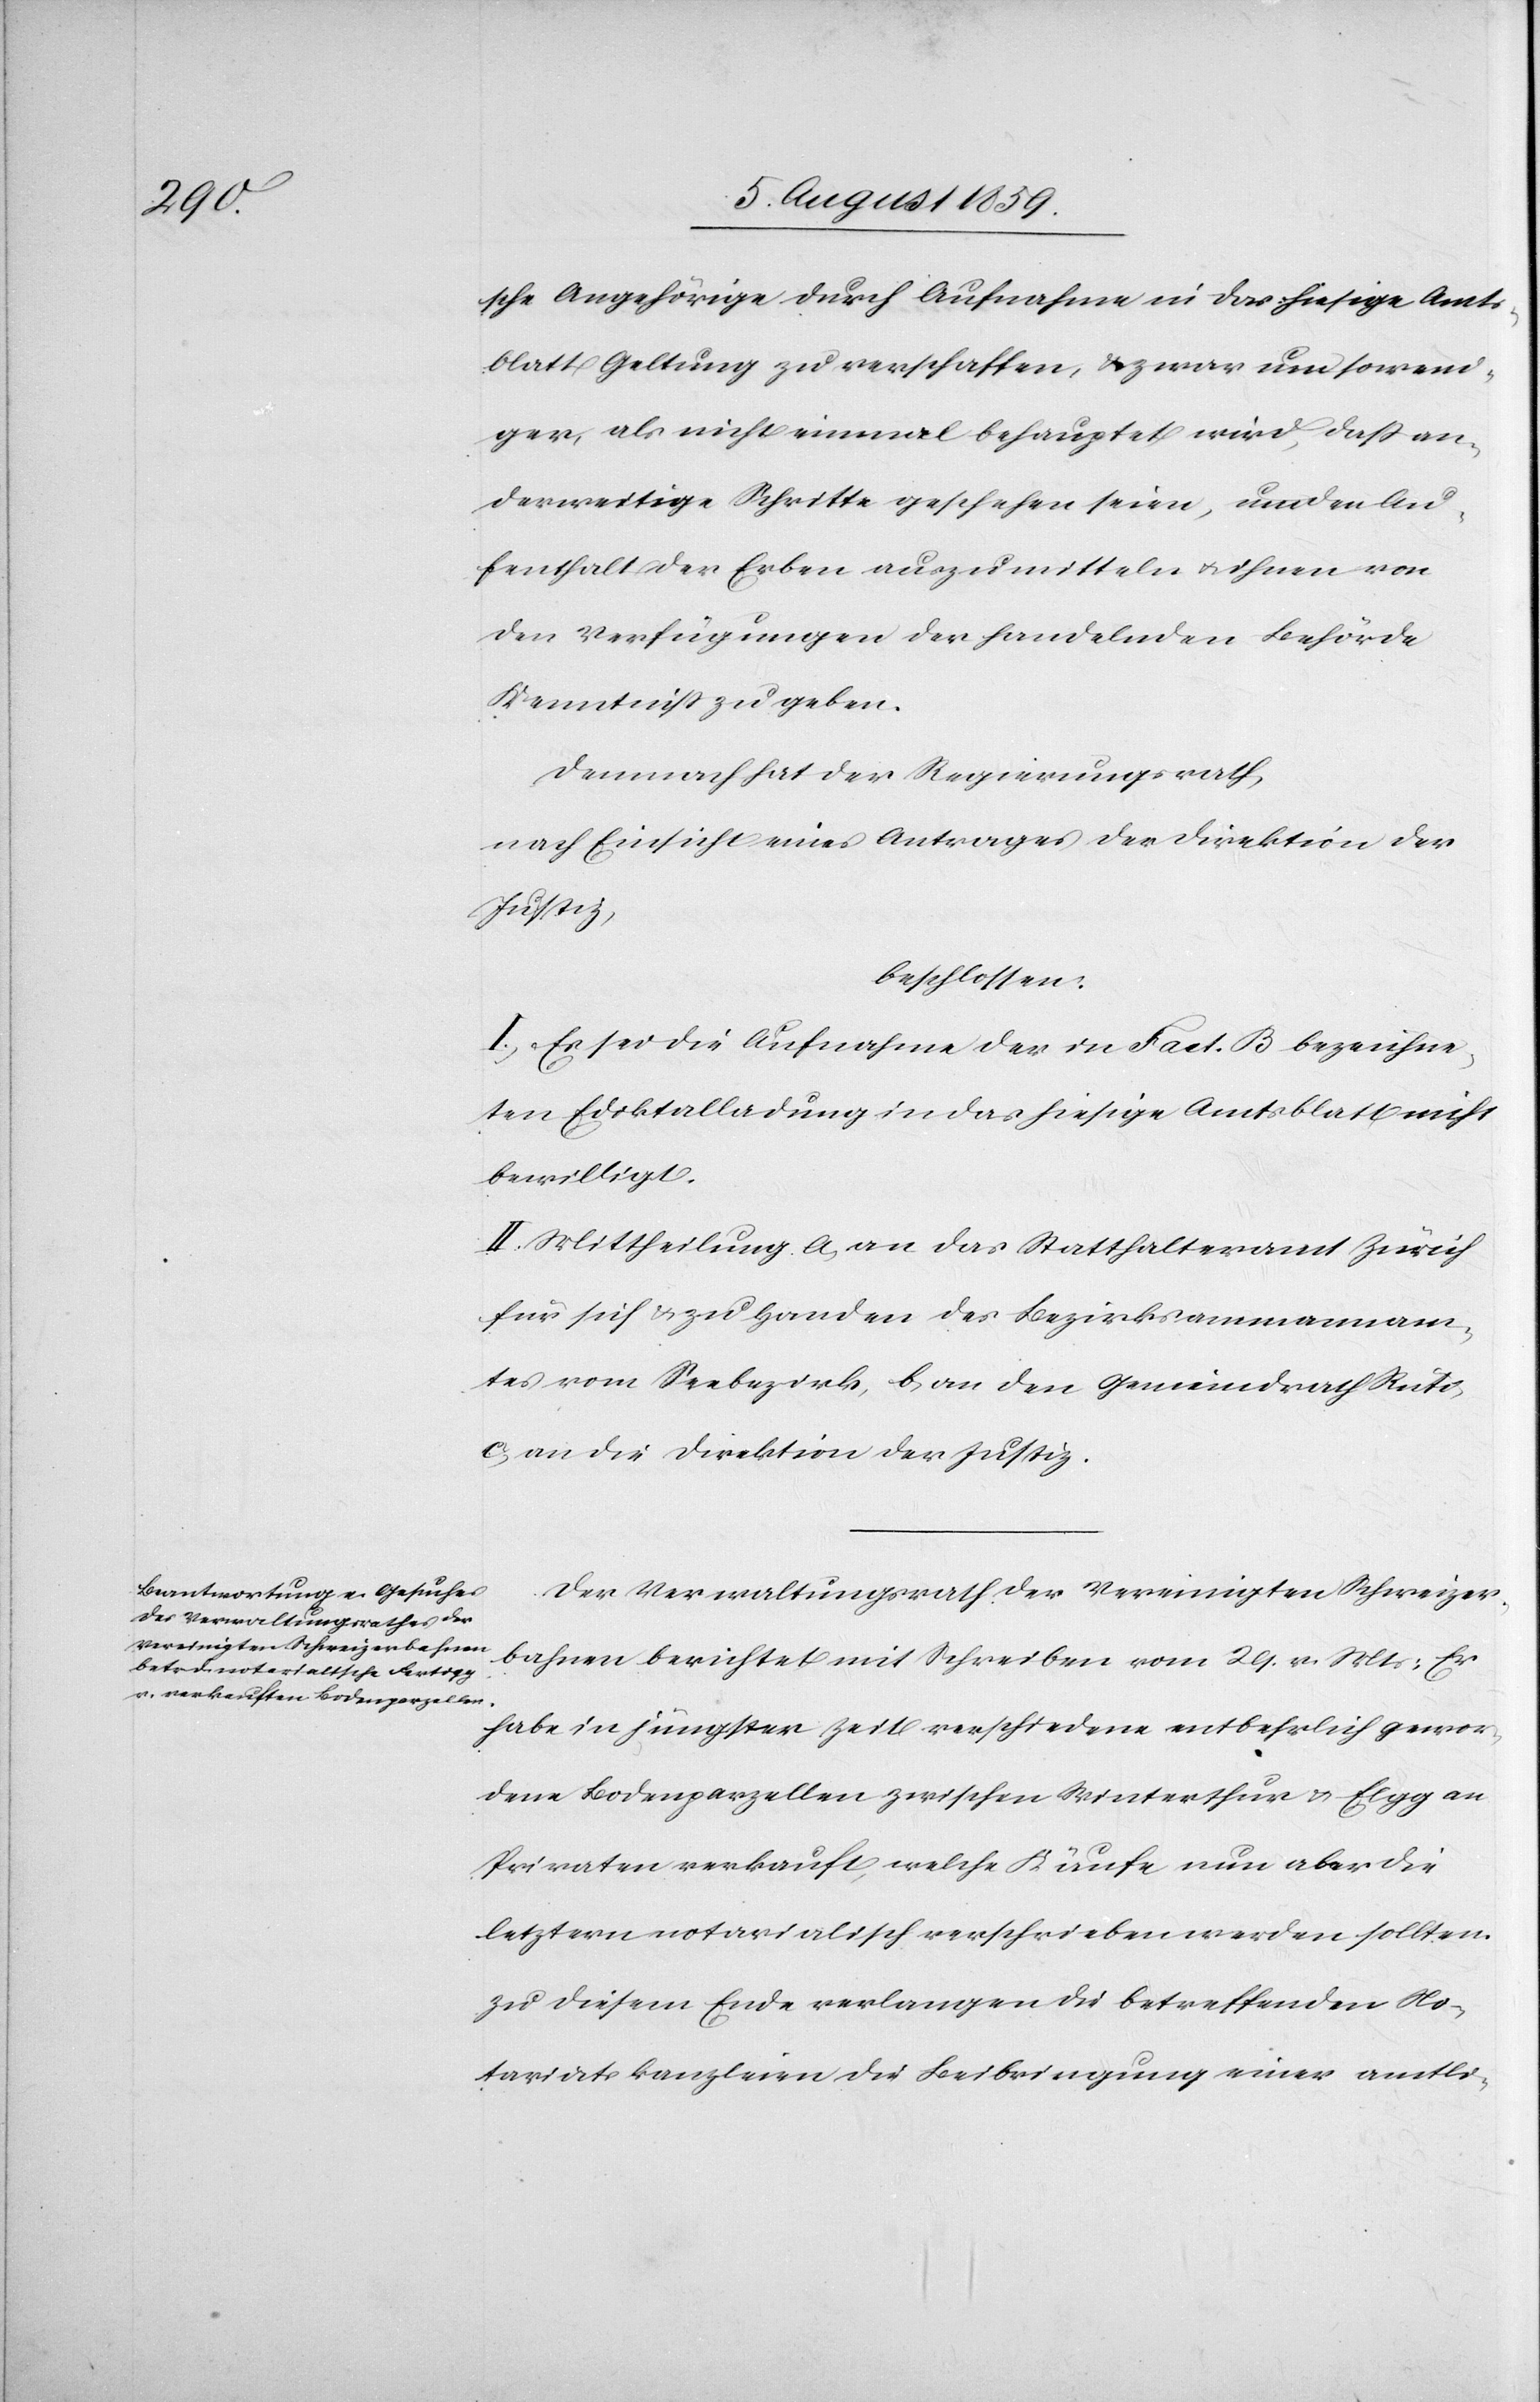
sche Angehörige durch Aufnahme in das hiesige Amts¬
blatt Geltung zu verschaffen, u. zwar um so weni¬
ger, als nicht einmal behauptet wird, daß an¬
derweitige Schritte geschehen seien, um den Au¬
fenthalt der Erben auszumitteln u. ihnen von
den Verfügungen der handelnden Behörde
Kenntniß zu geben.
Demnach hat der Regierungsrath,
nach Einsicht eines Antrages der Direktion der
Justiz,
beschlossen:
I. Es sei die Aufnahme der in Fact. B bezeichne¬
ten Ediktalladung in das hiesige Amtsblatt nicht
bewilligt.
II. Mittheilung a, an das Statthalteramt Zürich
für sich u. zu Handen des Bezirksammannam¬
tes vom Seebezirk, b, an den Gemeindrath Rüti
c, an die Direktion der Justiz.
Der Verwaltungsrath der Vereinigten Schweizer¬
bahnen berichtet mit Schreiben vom 29. v. Mts.: Er
habe in jüngster Zeit verschiedene entbehrlich gewor¬
dene Bodenparzellen zwischen Winterthur u. Elgg an
Privaten verkauft, welche Käufe nun aber die
letztern notarialisch verschrieben werden sollten.
Zu diesem Ende verlangen die betreffend No¬
tariatskanzleien die Beibringung einer amtli-